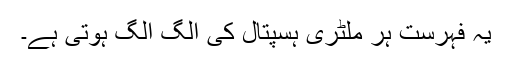
یہ فہرست ہر ملٹری ہسپتال کی الگ الگ ہوتی ہے۔